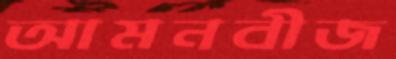
আমনবীজ